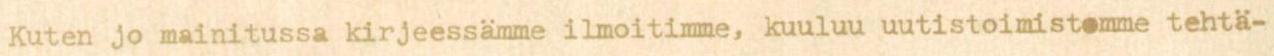
Kuten jo mainitussa kirjeessämme ilmoitimme, kuuluu uutistoimistomme tehtä-